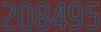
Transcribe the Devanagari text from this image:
२०८४९५